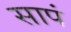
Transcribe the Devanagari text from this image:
सापं